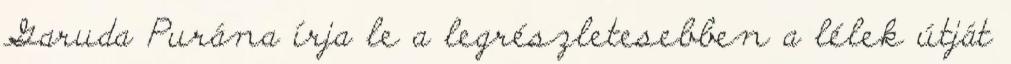
Garuda Purána írja le a legrészletesebben a lélek útját